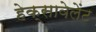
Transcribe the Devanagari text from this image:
हेक्सावेलेंट